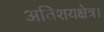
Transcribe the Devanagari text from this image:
अतिशयक्षेत्र।